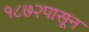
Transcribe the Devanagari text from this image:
१८७२पासून